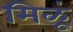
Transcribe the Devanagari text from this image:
मिळूं